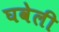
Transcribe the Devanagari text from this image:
घवेली